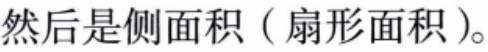
然后是侧面积（扇形面积）。